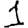
Digit: 1